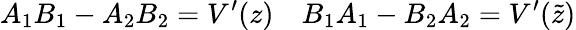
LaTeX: A_{1}B_{1}-A_{2}B_{2}=V^{\prime}(z)\quad B_{1}A_{1}-B_{2}A_{2}=V^{\prime}(\tilde{z})